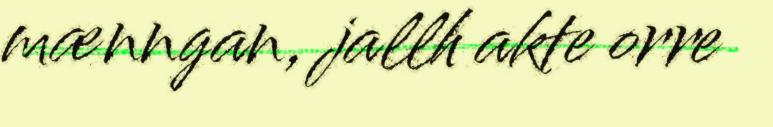
mænngan, jallh akte orre